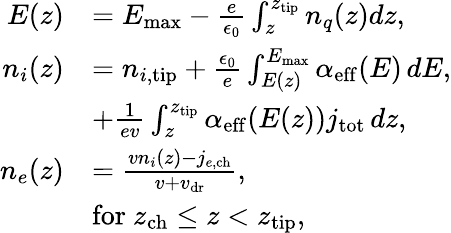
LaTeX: \begin{array}{rl}{E(z)}&{=E_{\mathrm{max}}-\frac e{\epsilon_{0}}\int_{z}^{z_{\mathrm{tip}}}n_{q}(z)dz,}\\ {n_{i}(z)}&{=n_{i,\mathrm{tip}}+\frac{\epsilon_{0}}{e}\int_{E(z)}^{E_{\mathrm{max}}}\alpha_{\mathrm{eff}}(E)\, dE,}\\ &{+\frac{1}{ev}\int_{z}^{z_{\mathrm{tip}}}\alpha_{\mathrm{eff}}(E(z))j_{\mathrm{tot}}\, dz,}\\ {n_{e}(z)}&{=\frac{vn_{i}(z)-j_{e,\mathrm{ch}}}{v+v_{\mathrm{dr}}},}\\ &{\mathrm{for~}z_{\mathrm{ch}}\leq z<z_{\mathrm{tip}},}\end{array}